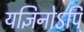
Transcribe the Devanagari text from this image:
यज्ञिनोऽपि